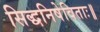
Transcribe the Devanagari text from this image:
सिद्धनिषेविताः॥